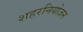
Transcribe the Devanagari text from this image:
शहरनियोजन